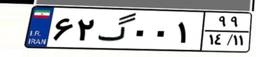
۶۲گ۰۰۱۹۹